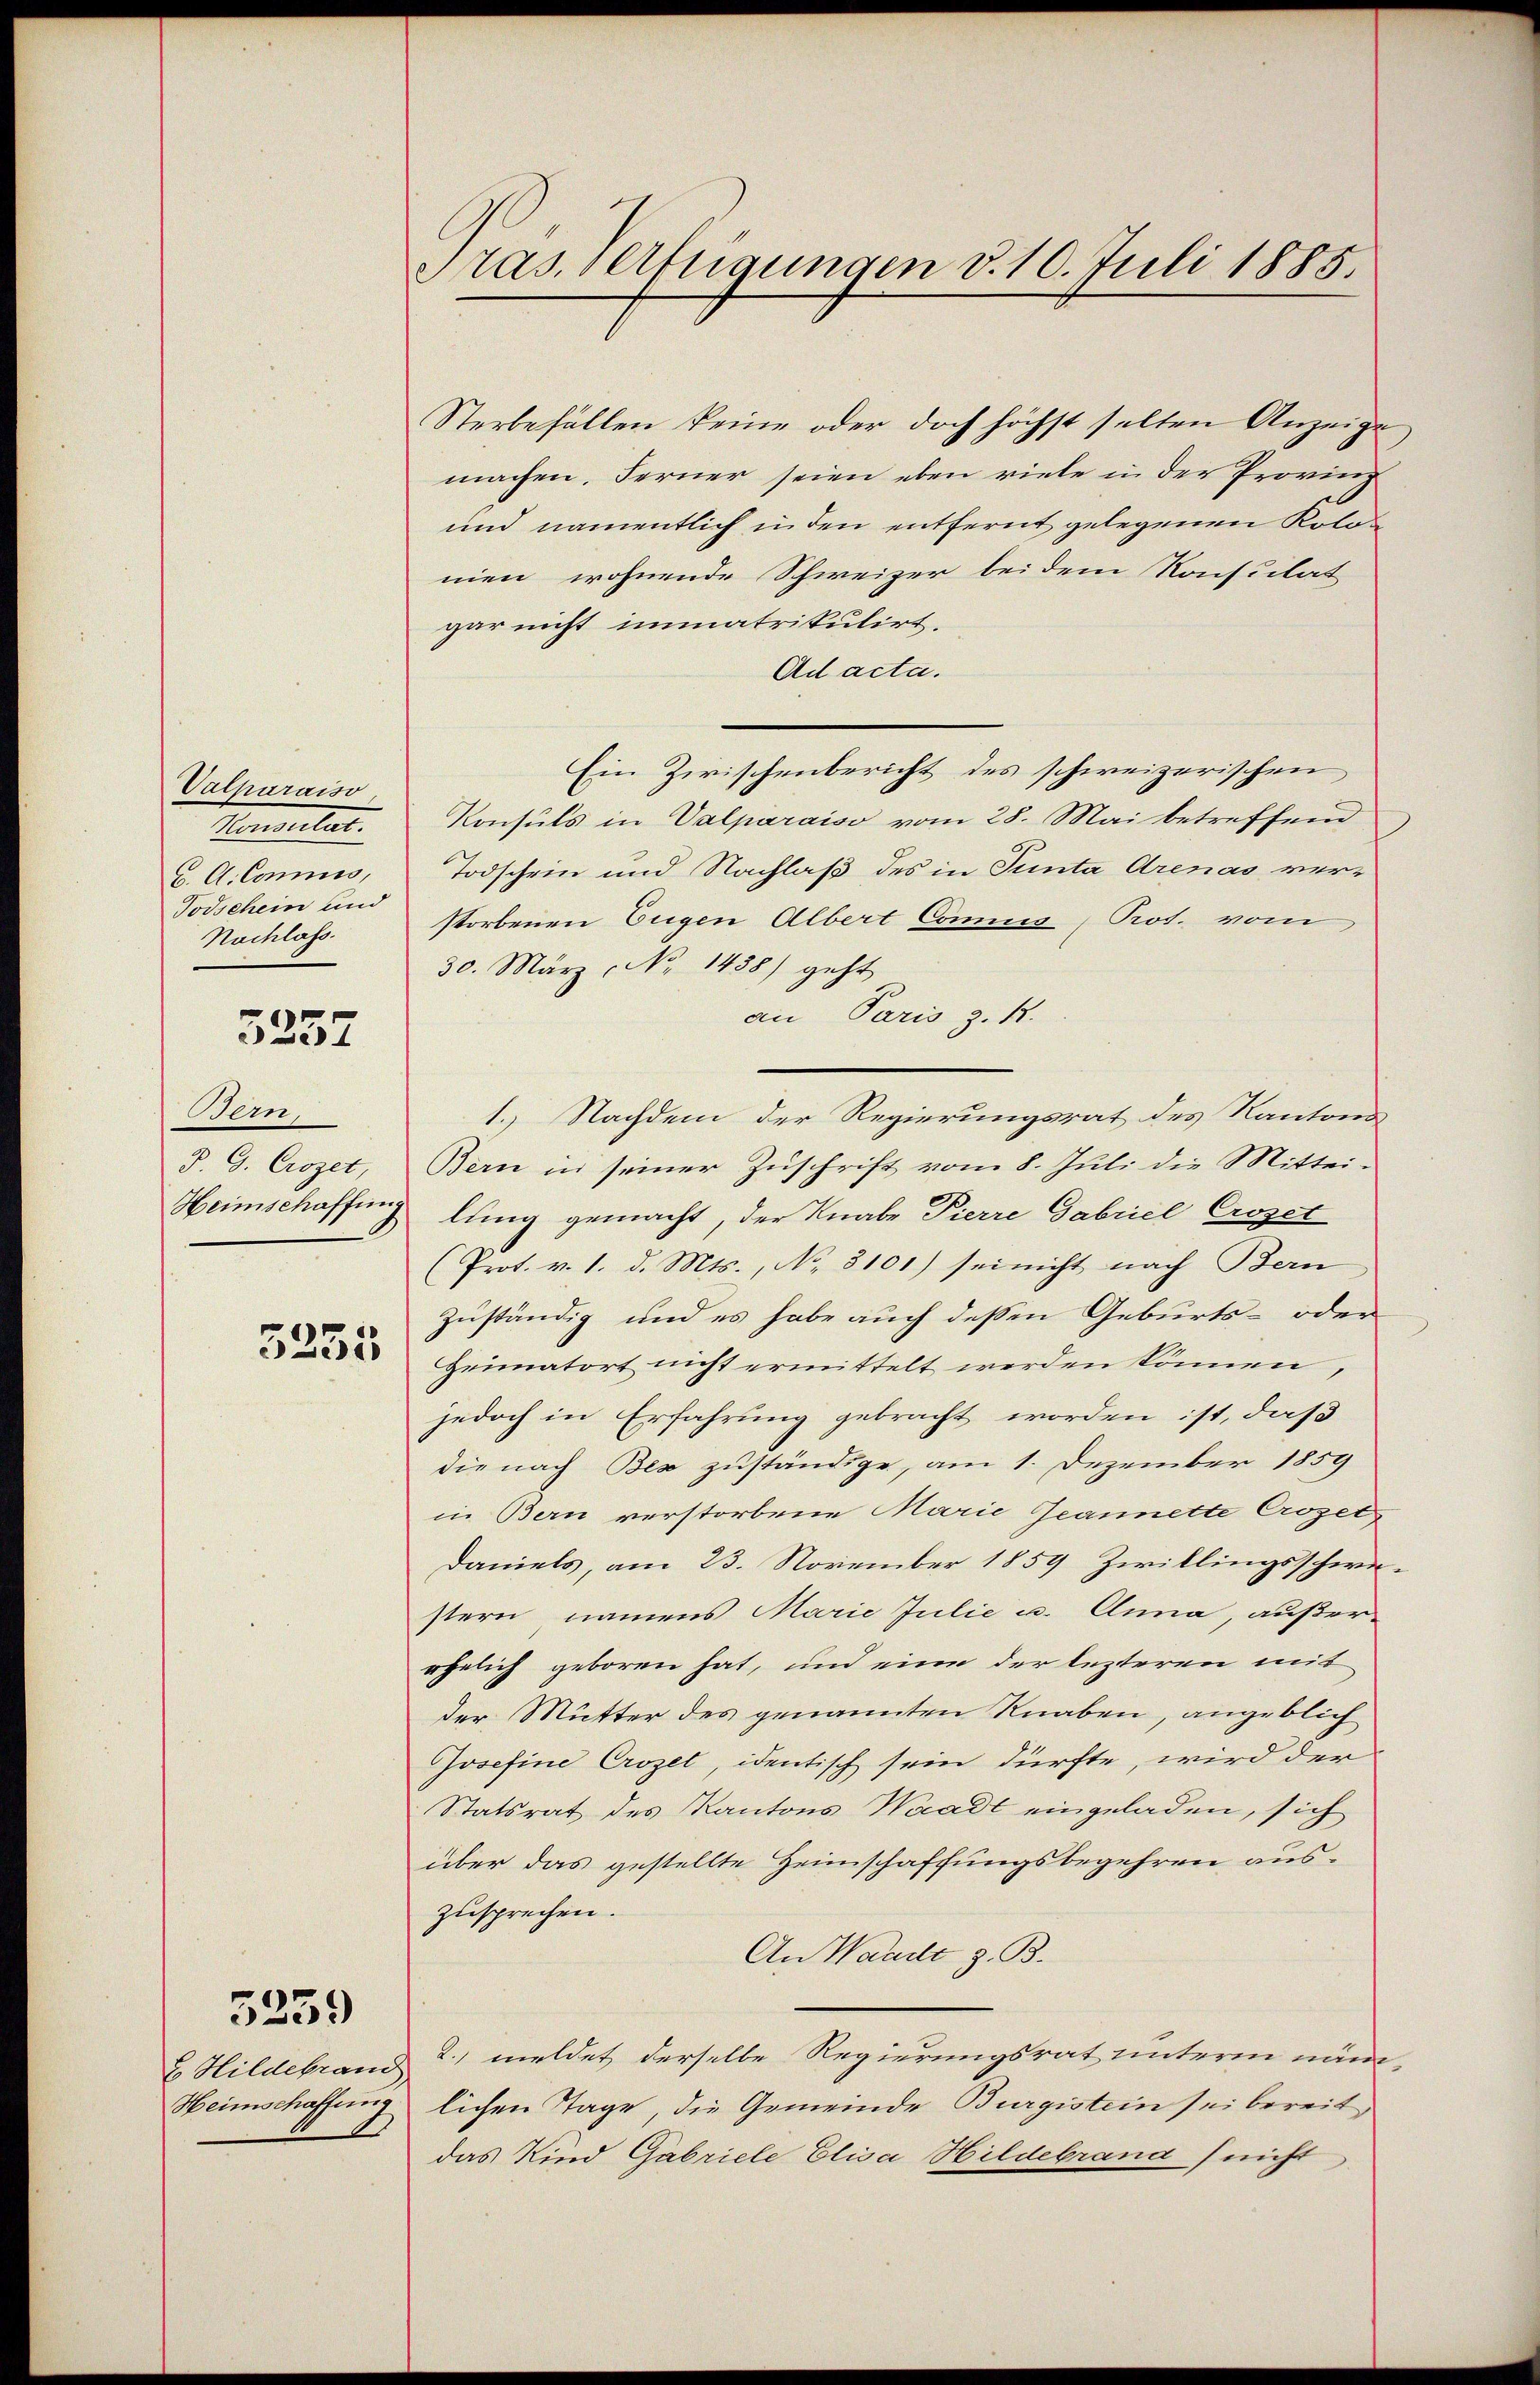
Valparaiso
Momentat.
C. A. Commis,
Todschein und
Nachlass.

3257

Bern,
P. G. Crozet,
Heimschaffung

3255

E. Hildebrand
Heimschaffung

5239

Pras. Aftigungen d. 10. Juli 1885.

Sterbefällen keine oder doch höchst selten Anzeige
machen. Ferner seien eben viele in der Provinz
und namentlich in den entfernt gelegenen Kolos
men wohnende Schweizer bei dem Konstilat
gar nicht immatrikulirt.
Ad acta.
Ein Zirischenbericht des schweizerischen
Konsuls in Valparaiso vom 28. Mai betreffend
Todschein und Nachlaß des in Tunta Arenas verstorbenen Eugen Albert Commis Prot. vom
30. März, No 1438) geht
an Paris z. R.
1.) Nachdem der Regierungsrat des Kantons
Bern in seiner Zuschrift vom 8. Juli die Mittei-
lung gemacht, der Knabe Pierre Gabriel Croset
(Prot. v. 1. d. Mts., No. 3101) sei nicht nach Bern
zuständig und es habe auch deßen Geburts- oder
Heimatort nicht ermittelt werden können,
jedoch in Erfahrung gebracht worden ist, daß
die nach Bex zuständige, am 1. Dezember 1859
in Bern verstorbene Marie Jeannette Crozel-
Daniels, am 23. November 1859 Zwiklingsschwestern namens Marie Julie u. Anna, außerehelich geboren hat, und eine der lezteren mit
der Mutter des genannten Knaben, angeblich
Josefine Crozel, identisch sein dürfte, wird der
Statsrat des Kantons Waadt eingeladen, sich
über das gestellte Heimschaffungsbegehren auszusprechen.
An Waadt z. B.
2. meldet derselbe Regierungsrat unterm nämlichen Tage, die Gemeinde Burgistein sei bereit,
das Kind Gabriele Elisa Hildebrand (nicht